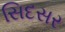
સિદસર